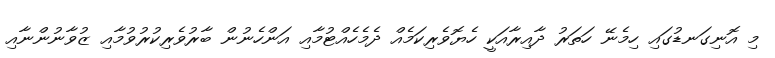
މި އޮނިގަނޑުގައި ހިމެނޭ ހަތަރު ދާއިރާއަކީ ހެޔޮވެރިކަމެއް ދެމެހެއްޓުމާއި އަންހެނުން ބާރުވެރިކުރުވުމާއި ޒުވާނުންނާއި